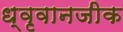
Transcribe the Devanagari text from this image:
ध्वृवानजीक